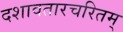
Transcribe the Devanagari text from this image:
दशावतारचरितम्